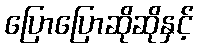
ပြောပြောဆိုဆိုနှင့်